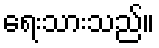
ရေးသားသည်။